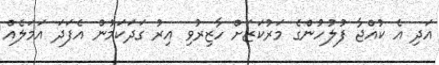
އަދި އެ ކުއްޖާ ފުލުހުންގެ މަރުކަޒަށް ހާޒިރުވި އިރު ގަދަކަމުން އެފަދަ އަމަލެއް